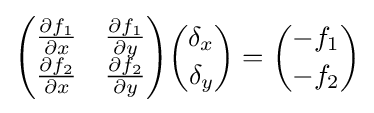
{\begin{pmatrix}{\frac {\partial f_{1}}{\partial x}}&{\frac {\partial f_{1}}{\partial y}}\\{\frac {\partial f_{2}}{\partial x}}&{\frac {\partial f_{2}}{\partial y}}\end{pmatrix}}{\delta _{x} \choose \delta _{y}}={-f_{1} \choose -f_{2}}